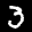
Label: 3